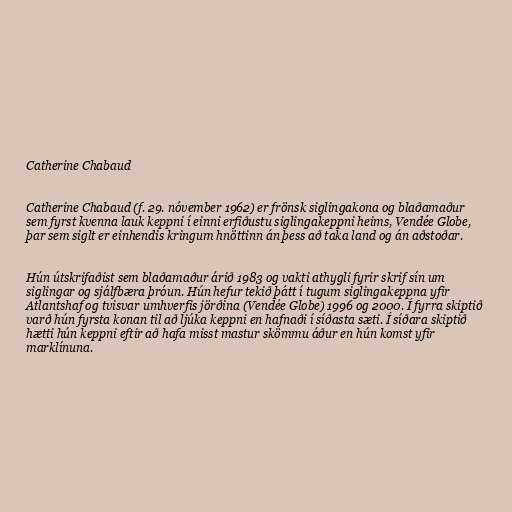
Catherine Chabaud

Catherine Chabaud (f. 29. nóvember 1962) er frönsk siglingakona og blaðamaður
sem fyrst kvenna lauk keppni í einni erfiðustu siglingakeppni heims, Vendée Globe,
þar sem siglt er einhendis kringum hnöttinn án þess að taka land og án aðstoðar.

Hún útskrifaðist sem blaðamaður árið 1983 og vakti athygli fyrir skrif sín um
siglingar og sjálfbæra þróun. Hún hefur tekið þátt í tugum siglingakeppna yfir
Atlantshaf og tvisvar umhverfis jörðina (Vendée Globe) 1996 og 2000. Í fyrra skiptið
varð hún fyrsta konan til að ljúka keppni en hafnaði í síðasta sæti. Í síðara skiptið
hætti hún keppni eftir að hafa misst mastur skömmu áður en hún komst yfir
marklínuna.